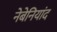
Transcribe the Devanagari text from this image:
नेबेनियांद